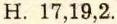
H. 17,19,2.